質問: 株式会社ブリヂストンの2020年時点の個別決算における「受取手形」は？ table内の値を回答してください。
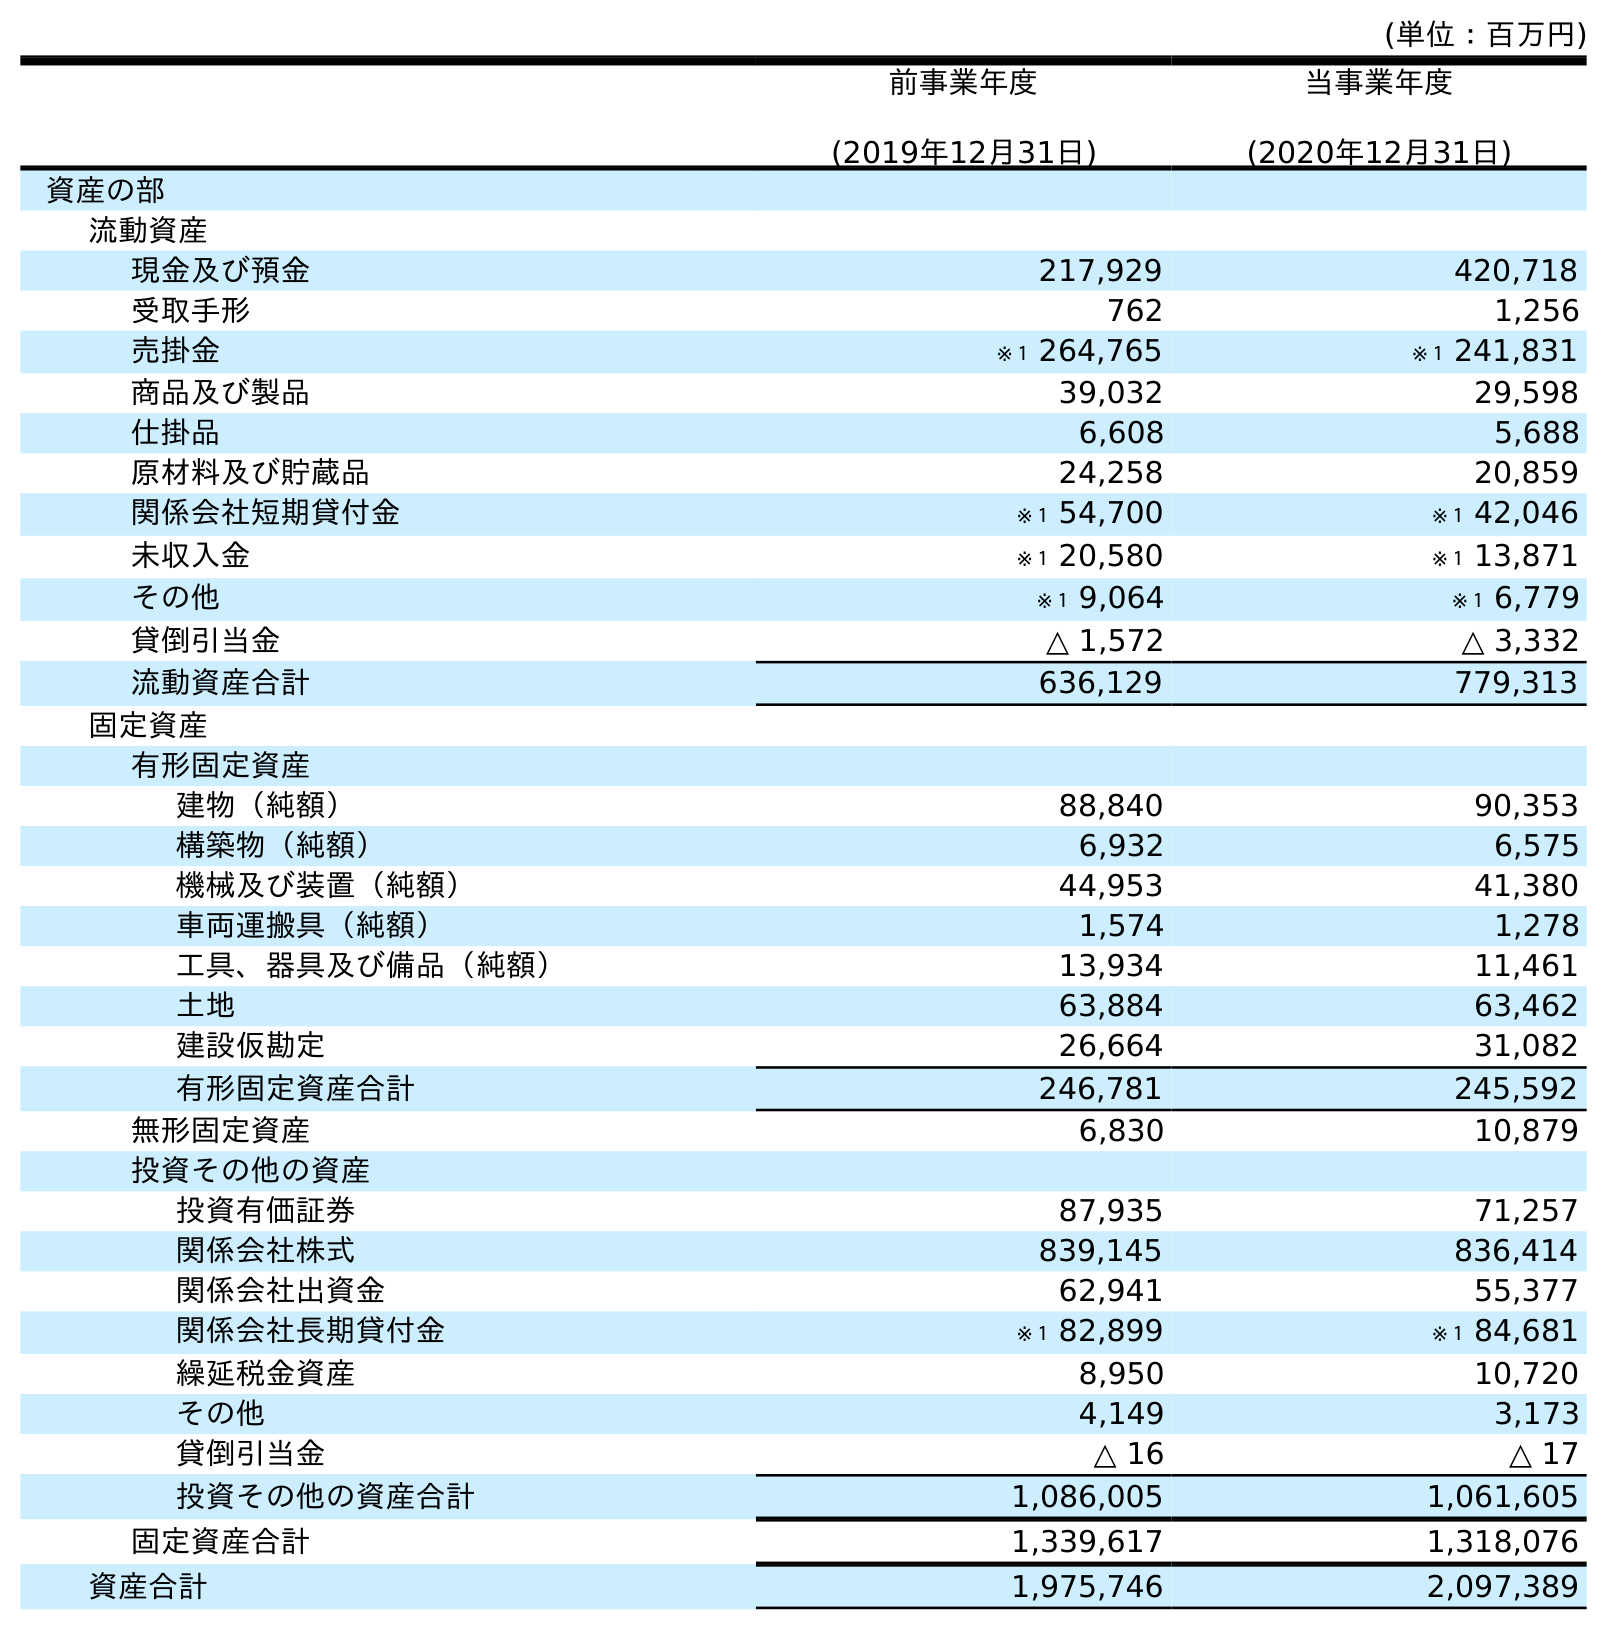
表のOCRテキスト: (単位：百万円) 前事業年度 (2019年12月31日) 当事業年度 (2020年12月31日) 資産の部 流動資産 現金及び預金 217,929 420,718 受取手形 762 1,256 売掛金 ※１ 264,765 ※１ 241,831 商品及び製品 39,032 29,598 仕掛品 6,608 5,688 原材料及び貯蔵品 24,258 20,859 関係会社短期貸付金 ※１ 54,700 ※１ 42,046 未収入金 ※１ 20,580 ※１ 13,871 その他 ※１ 9,064 ※１ 6,779 貸倒引当金 △ 1,572 △ 3,332 流動資産合計 636,129 779,313 固定資産 有形固定資産 建物（純額） 88,840 90,353 構築物（純額） 6,932 6,575 機械及び装置（純額） 44,953 41,380 車両運搬具（純額） 1,574 1,278 工具、器具及び備品（純額） 13,934 11,461 土地 63,884 63,462 建設仮勘定 26,664 31,082 有形固定資産合計 246,781 245,592 無形固定資産 6,830 10,879 投資その他の資産 投資有価証券 87,935 71,257 関係会社株式 839,145 836,414 関係会社出資金 62,941 55,377 関係会社長期貸付金 ※１ 82,899 ※１ 84,681 繰延税金資産 8,950 10,720 その他 4,149 3,173 貸倒引当金 △ 16 △ 17 投資その他の資産合計 1,086,005 1,061,605 固定資産合計 1,339,617 1,318,076 資産合計 1,975,746 2,097,389
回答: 1,256